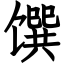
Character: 馔